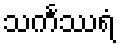
သင်္ကဿရံ